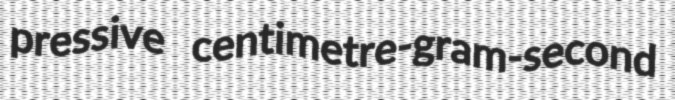
pressive centimetre-gram-second